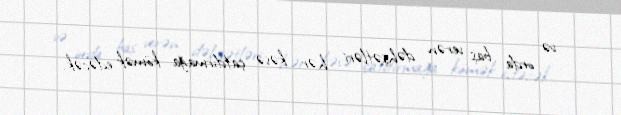
və orda baş verən dəhşətləri hər kəsə çatdırmağa kömək edəcək.